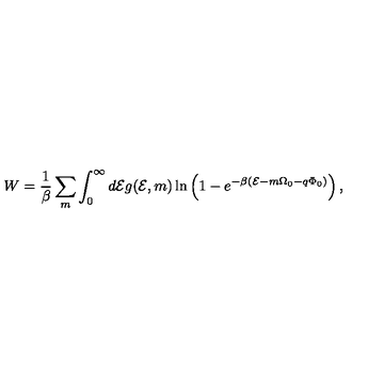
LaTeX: W = \frac { 1 } { \beta } \sum _ { m } \int _ { 0 } ^ { \infty } d { \cal E } g ( { \cal E } , m ) \ln \left( 1 - e ^ { - \beta ( { \cal E } - m \Omega _ { 0 } - q \Phi _ { 0 } ) } \right) ,